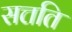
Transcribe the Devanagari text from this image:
सत्तति